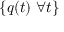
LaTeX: \{ q ( t ) ~ \forall t \}